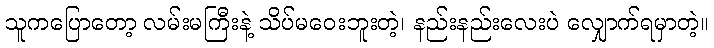
သူကပြောတော့ လမ်းမကြီးနဲ့ သိပ်မဝေးဘူးတဲ့၊ နည်းနည်းလေးပဲ လျှောက်ရမှာတဲ့။